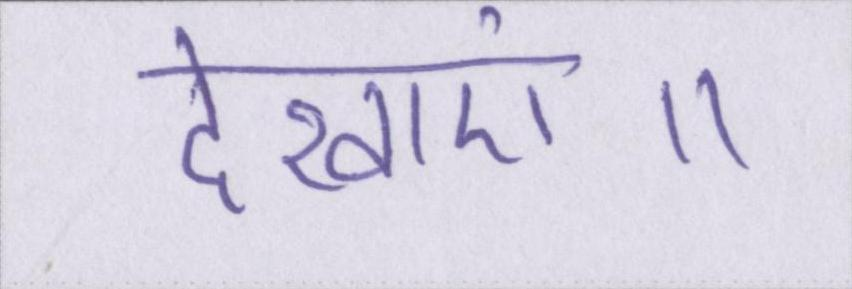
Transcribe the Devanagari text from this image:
देखाएं॥